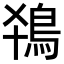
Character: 𬷂